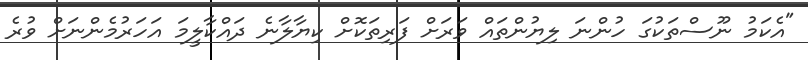
"އެކަމު ނޫސްތަކުގަ ހުންނަ ލިޔުންތައް ވަރަށް ފަރިތަކޮށް ކިޔާލާނެ ދައްކާލީމަ އަހަރުމެންނަށް ވުރެ